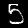
Label: 5